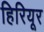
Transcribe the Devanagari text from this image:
हिरियूर